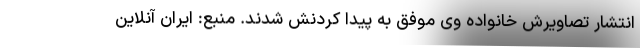
انتشار تصاویرش خانواده وی موفق به پیدا کردنش شدند. منبع: ایران آنلاین